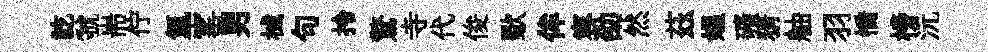
訖虢耑佇氲窰男械句拎驚寺代俊歜侔容劭然茲媪礦猜舳羽憍榜沅